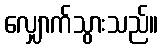
လျှောက်သွားသည်။